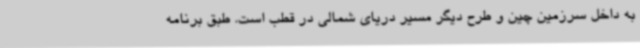
به داخل سرزمین چین و طرح دیگر مسیر دریای شمالی در قطب است. طبق برنامه